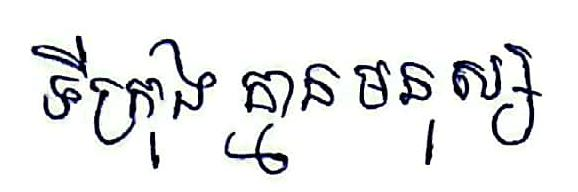
ទីក្រុង គ្មាន មនុស្ស